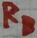
Text: RB